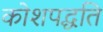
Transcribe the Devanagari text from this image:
कोशपद्धति